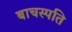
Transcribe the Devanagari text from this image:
बाचस्पति